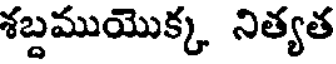
శబ్దముయొక్క నిత్యత